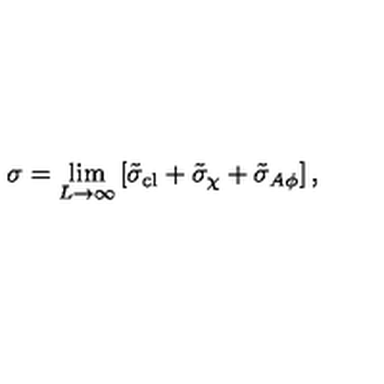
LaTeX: \sigma = \lim _ { L \rightarrow \infty } \left[ \tilde { \sigma } _ { \mathrm { c l } } + \tilde { \sigma } _ { \chi } + \tilde { \sigma } _ { A \phi } \right] ,